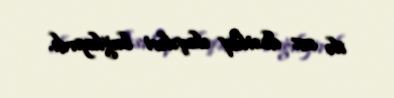
ilə sıx dostluq əlaqələri bağlayırdı.